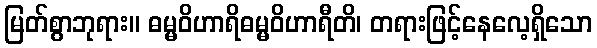
မြတ်စွာဘုရား။ ဓမ္မဝိဟာရိဓမ္မဝိဟာရီတိ၊ တရားဖြင့်နေလေ့ရှိသော